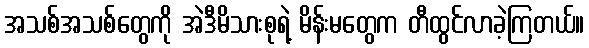
အသစ်အသစ်တွေကို အဲဒီမိသားစုရဲ့ မိန်းမတွေက တီထွင်လာခဲ့ကြတယ်။